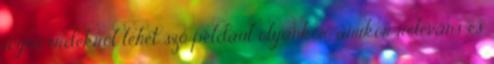
jogos érdekről lehet szó például olyankor, amikor releváns és